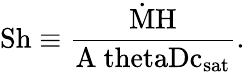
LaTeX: \mathrm{{Sh}\equiv\frac{\dot{M}H}{A\ thetaDc_{\mathrm{sat}}}.}